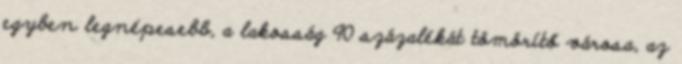
egyben legnépesebb, a lakosság 90 százalékát tömörítő városa, az